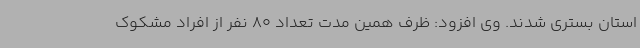
استان بستری شدند. وی افزود: ظرف همین مدت تعداد 80 نفر از افراد مشکوک